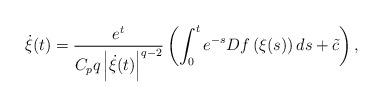
LaTeX: \begin{align*} \dot{\xi}(t)=\frac{e^t}{C_pq\left|\dot{\xi}(t)\right|^{q-2}} \left(\int_0^te^{-s} Df\left(\xi(s)\right)ds+\tilde{c}\right),\end{align*}